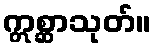
ဣစ္ဆာသုတ်။